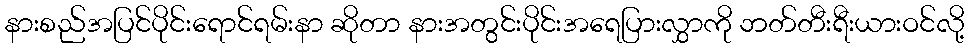
နားစည်အပြင်ပိုင်းရောင်ရမ်းနာ ဆိုတာ နားအတွင်းပိုင်းအရေပြားလွှာကို ဘတ်တီးရီးယားဝင်လို့